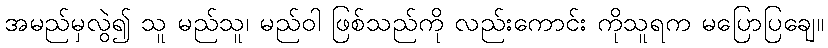
အမည်မှလွဲ၍ သူ မည်သူ၊ မည်ဝါ ဖြစ်သည်ကို လည်းကောင်း ကိုသူရက မပြောပြချေ။